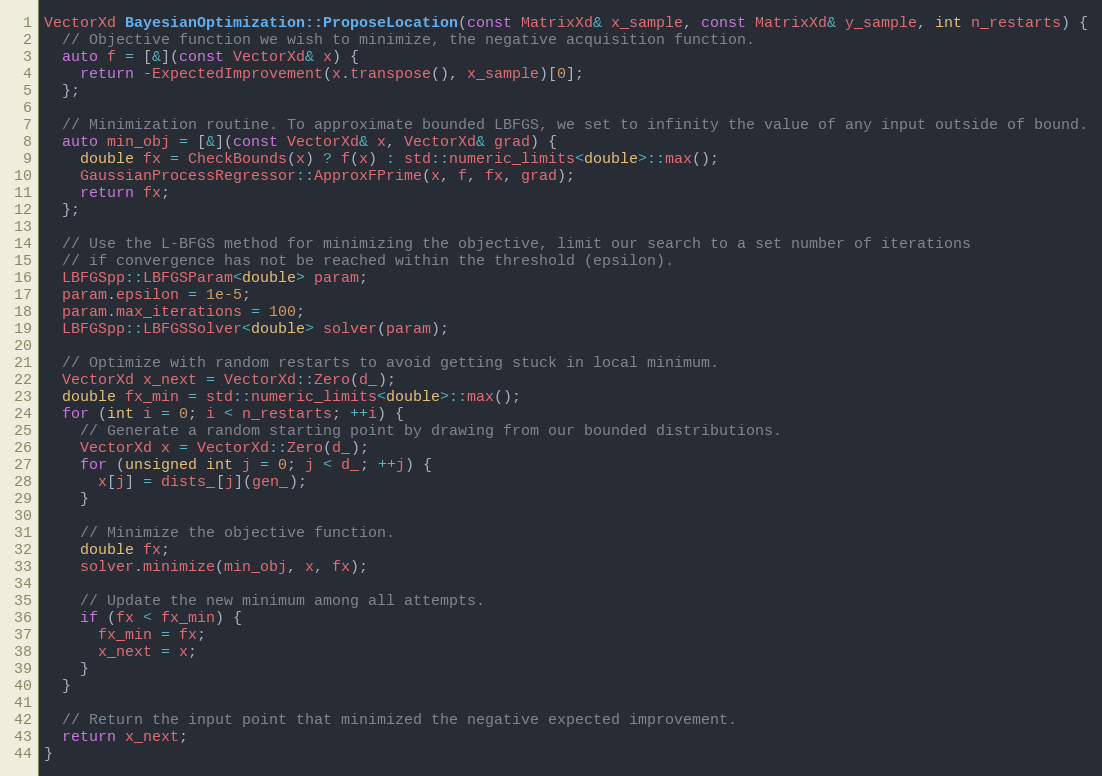
Language: C++
VectorXd BayesianOptimization::ProposeLocation(const MatrixXd& x_sample, const MatrixXd& y_sample, int n_restarts) {
  // Objective function we wish to minimize, the negative acquisition function.
  auto f = [&](const VectorXd& x) {
    return -ExpectedImprovement(x.transpose(), x_sample)[0];
  };

  // Minimization routine. To approximate bounded LBFGS, we set to infinity the value of any input outside of bound.
  auto min_obj = [&](const VectorXd& x, VectorXd& grad) {
    double fx = CheckBounds(x) ? f(x) : std::numeric_limits<double>::max();
    GaussianProcessRegressor::ApproxFPrime(x, f, fx, grad);
    return fx;
  };

  // Use the L-BFGS method for minimizing the objective, limit our search to a set number of iterations
  // if convergence has not be reached within the threshold (epsilon).
  LBFGSpp::LBFGSParam<double> param;
  param.epsilon = 1e-5;
  param.max_iterations = 100;
  LBFGSpp::LBFGSSolver<double> solver(param);

  // Optimize with random restarts to avoid getting stuck in local minimum.
  VectorXd x_next = VectorXd::Zero(d_);
  double fx_min = std::numeric_limits<double>::max();
  for (int i = 0; i < n_restarts; ++i) {
    // Generate a random starting point by drawing from our bounded distributions.
    VectorXd x = VectorXd::Zero(d_);
    for (unsigned int j = 0; j < d_; ++j) {
      x[j] = dists_[j](gen_);
    }

    // Minimize the objective function.
    double fx;
    solver.minimize(min_obj, x, fx);

    // Update the new minimum among all attempts.
    if (fx < fx_min) {
      fx_min = fx;
      x_next = x;
    }
  }

  // Return the input point that minimized the negative expected improvement.
  return x_next;
}